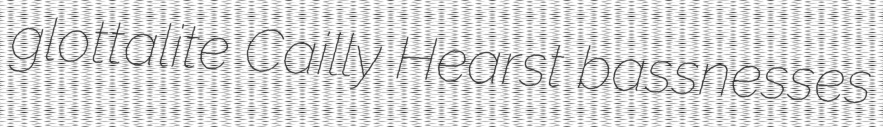
glottalite Cailly Hearst bassnesses